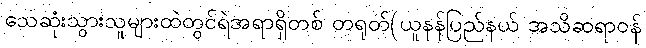
သေဆုံးသွားသူများထဲတွင်ရဲအရာရှိတစ် တရုတ်(ယူနန်ပြည်နယ် အသိဆရာဝန်